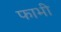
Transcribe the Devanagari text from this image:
फाभी